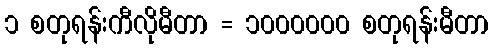
၁ စတုရန်းကီလိုမီတာ = ၁၀၀၀၀၀၀ စတုရန်းမီတာ